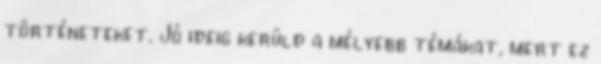
történeteket. Jó ideig kerüld a mélyebb témákat, mert ez